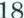
18